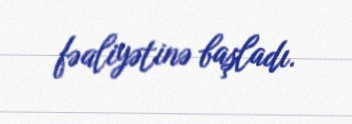
fəaliyətinə başladı.